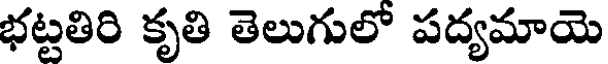
భట్టతిరి కృతి తెలుగులో పద్యమాయె